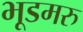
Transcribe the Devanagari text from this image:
भूडमरु